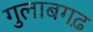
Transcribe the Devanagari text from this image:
गुलाबगढ़